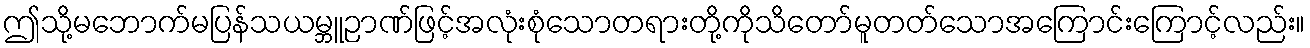
ဤသို့မဘောက်မပြန်သယမ္ဘူဉာဏ်ဖြင့်အလုံးစုံသောတရားတို့ကိုသိတော်မူတတ်သောအကြောင်းကြောင့်လည်း။